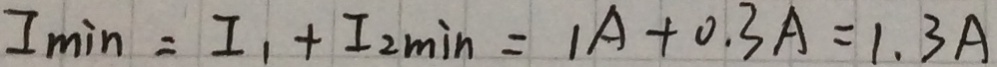
I _ { \min } = I _ { 1 } + I _ { 2 \min } = 1 A + 0 . 3 A = 1 . 3 A